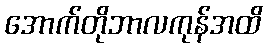
အောက်တိုဘာလကုန်အထိ